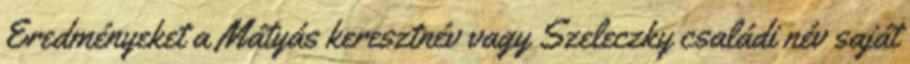
Eredményeket a Mátyás keresztnév vagy Szeleczky családi név saját